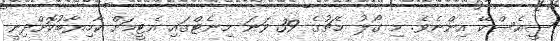
ސީއެސްކޭ އިންނެވެ. މި ގޯލު މެޗުގެ 39 ވަނަ މިނެޓްގައި އެޓީމަށް ކާމިޔާބުކޮށްދިނީ